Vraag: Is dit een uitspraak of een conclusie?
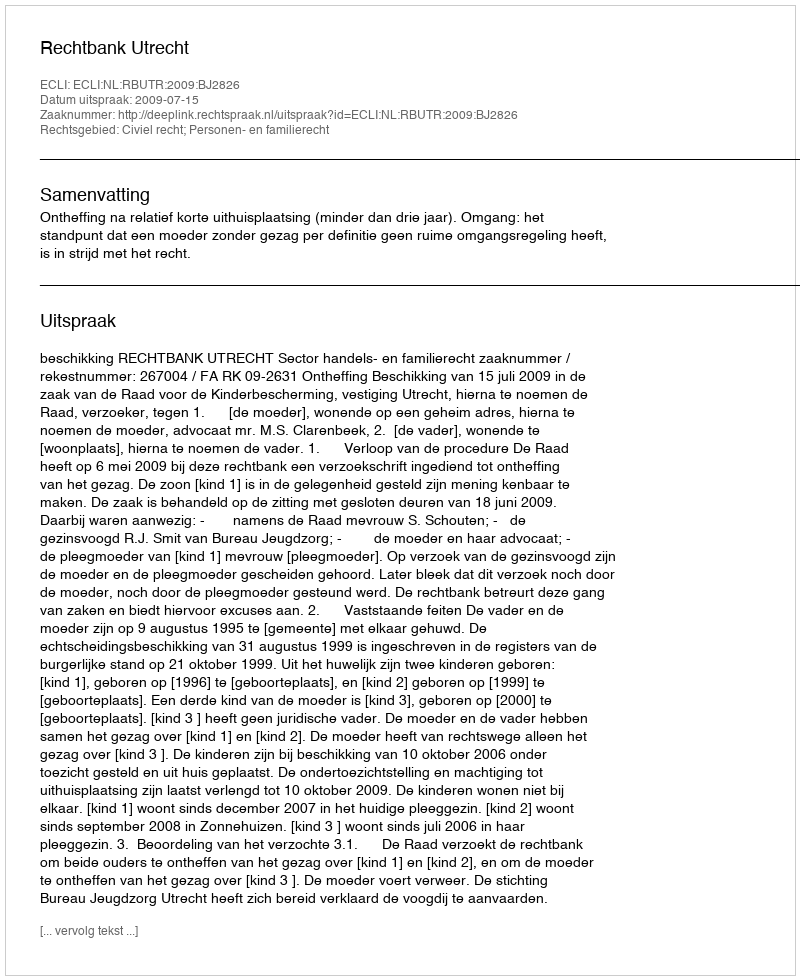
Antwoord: Uitspraak